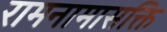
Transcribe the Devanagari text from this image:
रामनामासक्ति